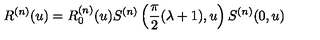
R ^ { ( n ) } ( u ) = R _ { 0 } ^ { ( n ) } ( u ) S ^ { ( n ) } \left( \frac { \pi } { 2 } ( \lambda + 1 ) , u \right) S ^ { ( n ) } ( 0 , u )